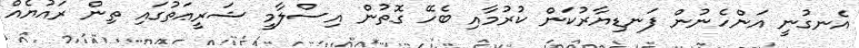
އެނގުނީ އަންހެނުން ފަނޑިޔާރުކަން ކުރުމާއި ބެހޭ ގޮތުން އިސްލާމީ ޝަރީޢަތުގައި ތިން ރައުޔެއް